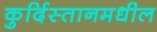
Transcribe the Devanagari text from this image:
कुर्दिस्तानमधील